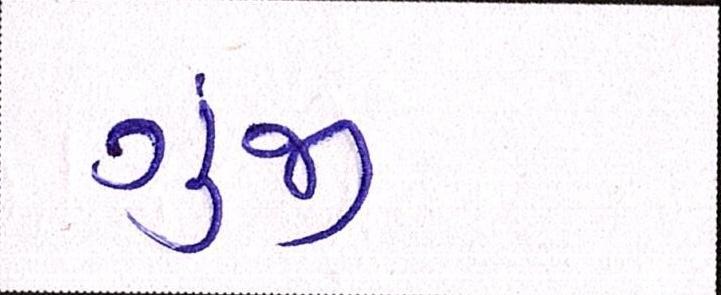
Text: ગુંજી